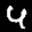
Label: 4